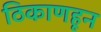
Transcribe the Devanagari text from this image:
ठिकाणहून